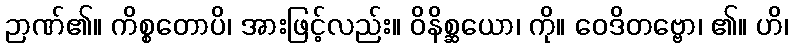
ဉာဏ်၏။ ကိစ္စတောပိ၊ အားဖြင့်လည်း။ ဝိနိစ္ဆယော၊ ကို။ ဝေဒိတဗ္ဗော၊ ၏။ ဟိ၊